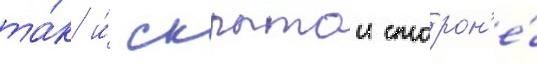
та́к и́ скрытои сторон'е́